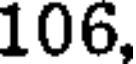
106,